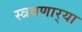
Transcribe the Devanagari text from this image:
स्त्रवणार्‍या